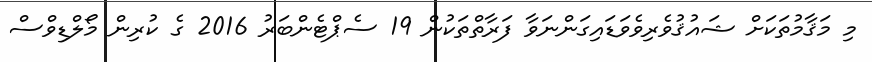
މި މަޤާމުތަކަށް ޝައުޤުވެރިވެވަޑައިގަންނަވާ ފަރާތްތަކުން 19 ސެޕްޓެންބަރު 2016 ގެ ކުރިން މޯލްޑިވްސް